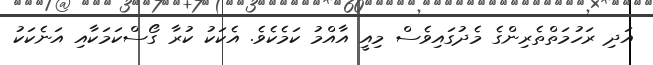
އަދި ރަހުމަތްތެރިންގެ މެދުގައިވެސް މިއީ އާއްމު ކަމެކެވެ. އެކަކު ކުރާ ގޯސްކަމަކާއި އަނެކަކު